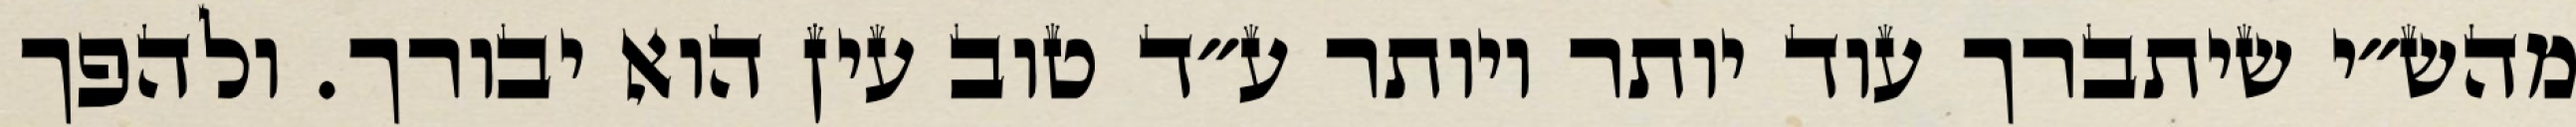
מהש״י שיתברך עוד יותר ויותר ע״ד טוב עין הוא יבורך. ולהפך